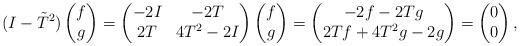
LaTeX: \begin{align*}(I-\tilde T^2)\begin{pmatrix}f \\ g\end{pmatrix}= \begin{pmatrix}-2I & -2T\\ 2T & 4T^2-2I\end{pmatrix}\begin{pmatrix}f \\ g\end{pmatrix}= \begin{pmatrix}-2f - 2Tg \\ 2Tf + 4T^2g -2g\end{pmatrix}=\begin{pmatrix}0 \\ 0\end{pmatrix},\end{align*}